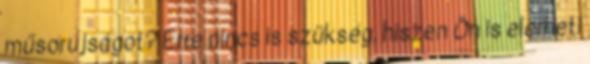
műsorújságot? Erre nincs is szükség, hiszen Ön is elérheti